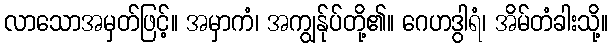
လာသောအမှတ်ဖြင့်။ အမှာကံ၊ အကျွန်ုပ်တို့၏။ ဂေဟဒွါရံ၊ အိမ်တံခါးသို့။